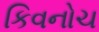
કિવનોચ